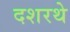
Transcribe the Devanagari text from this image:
दशरथे